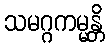
သမဂ္ဂကမ္မန္တိ